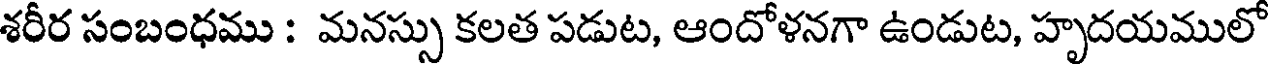
శరీర సంబంధము : మనస్సు కలత పడుట, ఆందోళనగా ఉండుట, హృదయములో